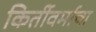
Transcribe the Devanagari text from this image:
किर्तीवर्माचा